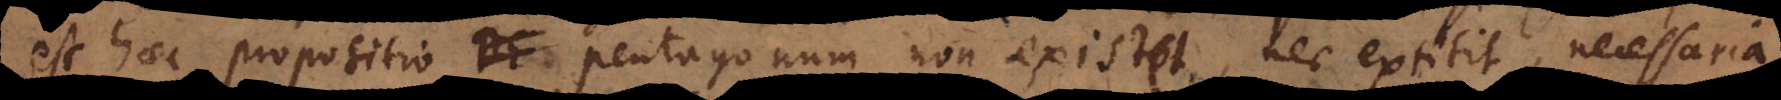
[:] haec propositio De pentagonum non existet, nec extitit, necessaria